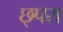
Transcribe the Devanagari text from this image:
छ्परा